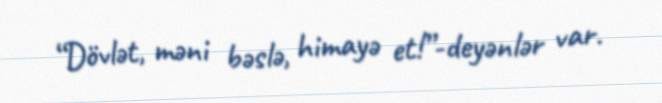
“Dövlət, məni bəslə, himayə et!”-deyənlər var.